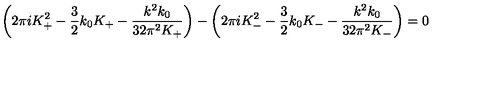
\left( 2 \pi i K _ { + } ^ { 2 } - \frac 3 2 k _ { 0 } K _ { + } - \frac { k ^ { 2 } k _ { 0 } } { 3 2 \pi ^ { 2 } K _ { + } } \right) - \left( 2 \pi i K _ { - } ^ { 2 } - \frac 3 2 k _ { 0 } K _ { - } - \frac { k ^ { 2 } k _ { 0 } } { 3 2 \pi ^ { 2 } K _ { - } } \right) = 0